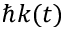
\hbar k ( t )